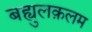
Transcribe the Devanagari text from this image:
बह्युलक़लम